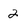
Character: 2